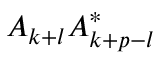
A _ { k + l } A _ { k + p - l } ^ { \ast }